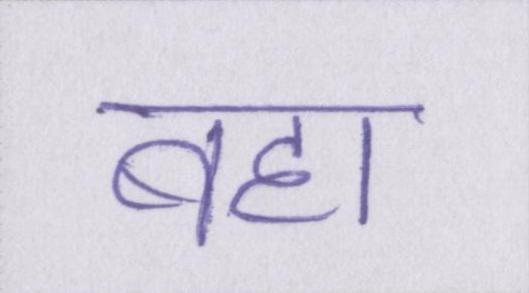
बहा